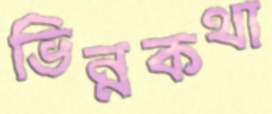
ভিন্নকথা